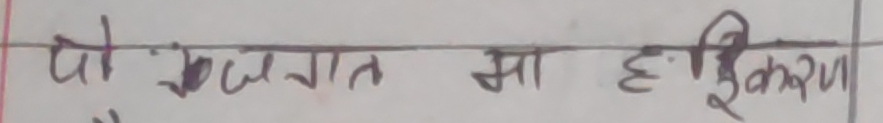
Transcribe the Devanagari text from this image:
पो जगत मा ध्रुवीकरण